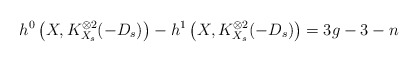
\begin{align*}h^0\left(X, K_{X_s}^{\otimes 2}(-D_s)\right) - h^1\left(X, K_{X_s}^{\otimes 2}(-D_s)\right) = 3g-3 - n\end{align*}